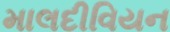
માલદીવિયન